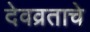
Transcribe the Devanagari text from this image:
देवव्रताचे